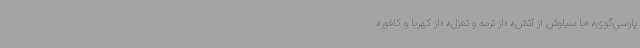
پارسی‌گوی»، «با سیاوش از آتش»، «از ترمه و تغزل»، «از کهربا و کافور»،